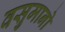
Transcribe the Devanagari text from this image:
वसुमानो